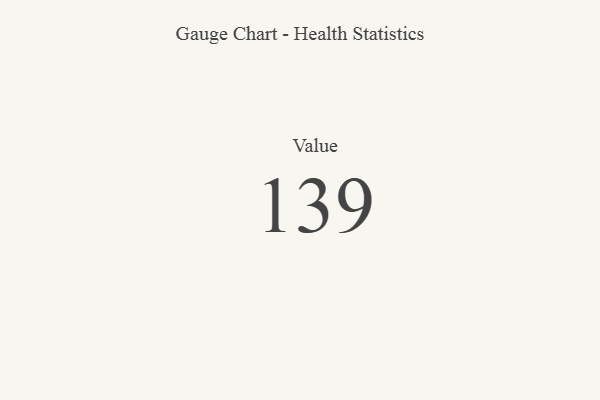
{"axis": {"x": "Metric", "y": "Value"}, "legend": [""], "data": [{"x": "Value", "y": 139, "type": ""}]}